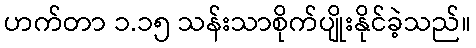
ဟက်တာ ၁.၁၅ သန်းသာစိုက်ပျိုးနိုင်ခဲ့သည်။